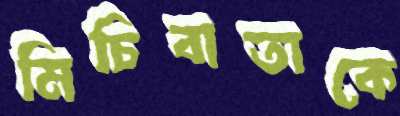
মিচিবাতাকে